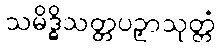
သမိဒ္ဓိသတ္တပဉှာသုတ္တံ